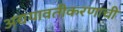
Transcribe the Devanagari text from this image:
अद्ययावतीकरणाची